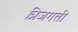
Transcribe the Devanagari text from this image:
त्रिजगती